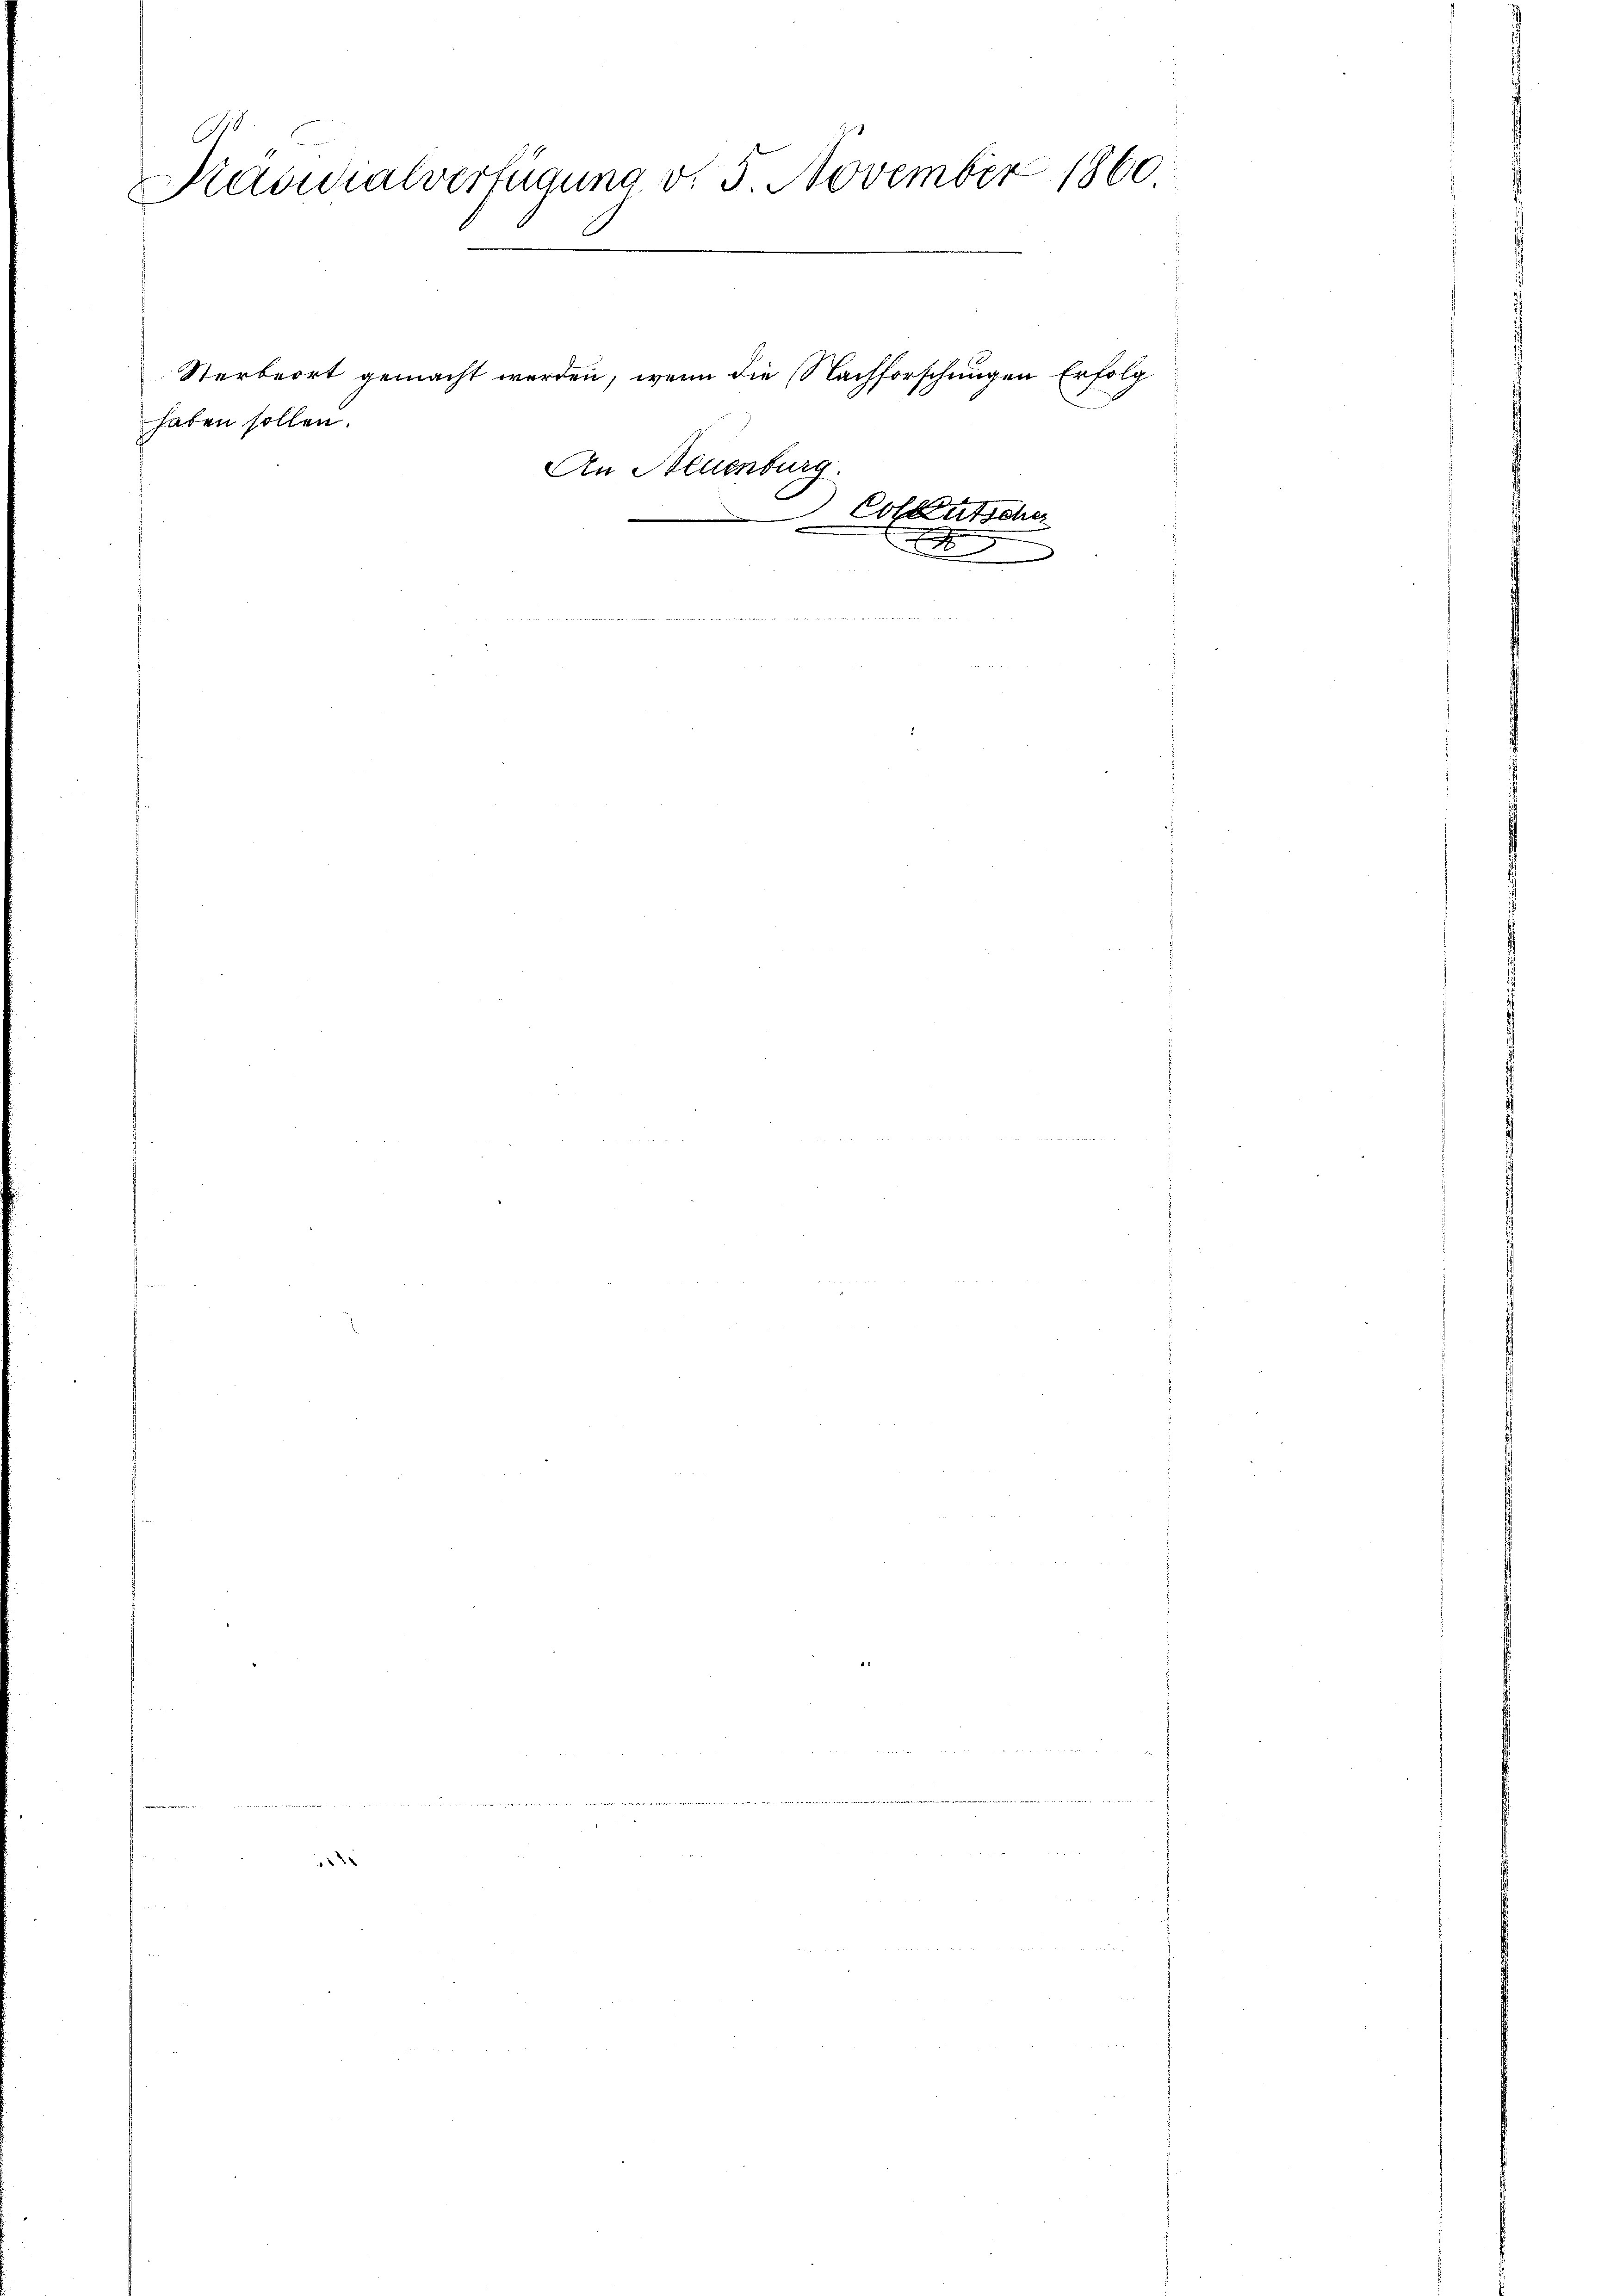
b
Präsidialverfügung v. 5. November 1860.

Sterbeort gemacht werden, wenn die Nachforschungen Erfolg
haben sollen.

2

An Neuenburg.

Colkutscher
x

u